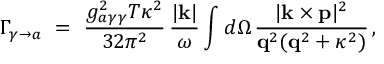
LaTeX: \Gamma _ { \gamma \to a } \ = \ \frac { g _ { a \gamma \gamma } ^ { 2 } T \kappa ^ { 2 } } { 3 2 \pi ^ { 2 } } \, \frac { | { \bf k } | } { \omega } \int d \Omega \, \frac { | { \bf k } \times { \bf p } | ^ { 2 } } { { \bf q } ^ { 2 } ( { \bf q } ^ { 2 } + \kappa ^ { 2 } ) } \, ,